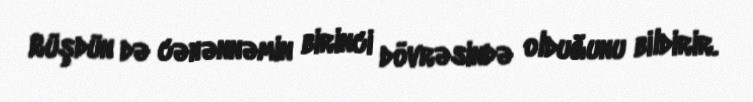
Rüşdün də cəhənnəmin birinci dövrəsində olduğunu bildirir.